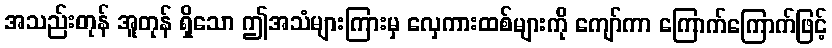
အသည်းတုန် အူတုန် ရှိသော ဤအသံများကြားမှ လှေကားထစ်များကို ကျော်ကာ ကြောက်ကြောက်ဖြင့်